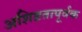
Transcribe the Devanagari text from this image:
अशिष्टतापूर्वक